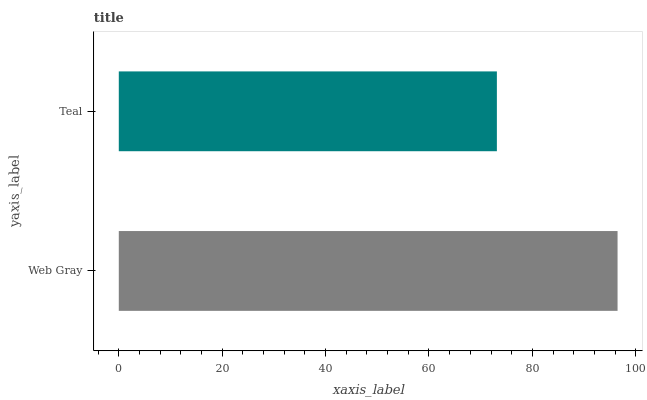
| yaxis_label | bars |
 | --- | --- |
 | Web Gray | 96.5 |
 | Teal | 73.1 |